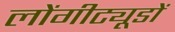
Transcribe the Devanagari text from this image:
लोंगीट्यूडों